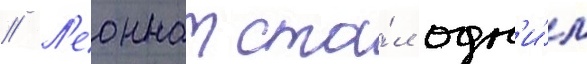
// Л'еоннат ста́л одн'и́м